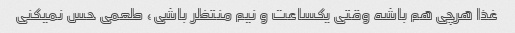
غذا هرچی هم باشه وقتی یکساعت و نیم منتظر باشی، طعمی حس نمیکنی